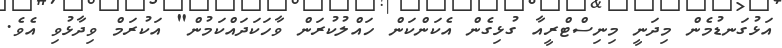
އަޅުގަނޑުމެން މިދަނީ މިނިސްޓްރީއާ ގުޅިގެން އެކަންކަން ހައްލުކުރަން ވާހަކަދައްކަމުން" އަކުރަމް ވިދާޅުވި އެވެ.